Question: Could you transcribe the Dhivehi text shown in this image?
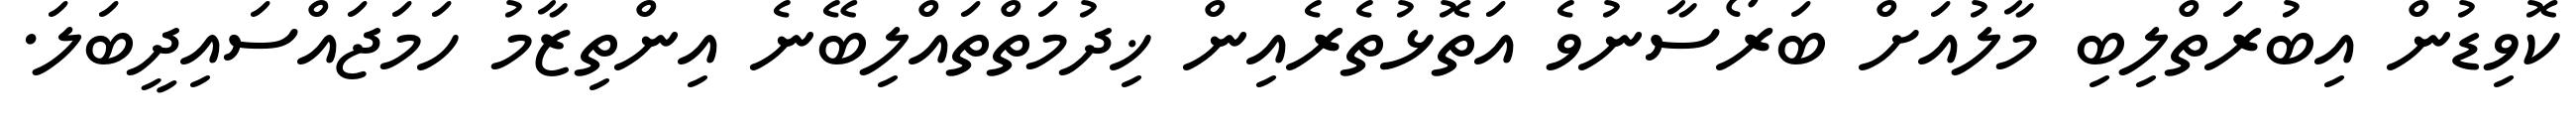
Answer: ކޮވިޑުން އިބުރަތްލިބި މާލުއަށް ބަރޯސާނުވެ އަތޮޅުތެރެއިން ޚިދުމަތްތައްލިބޭނެ އިންތިޒާމު ހަމަޖައްސައިދީބަލަ.